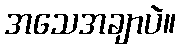
အသေအချာပဲ။